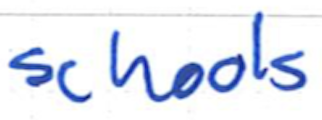
Text: schools
Cross-out: clean
Writing tool: ballpoint